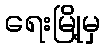
ရေးမြို့မှ